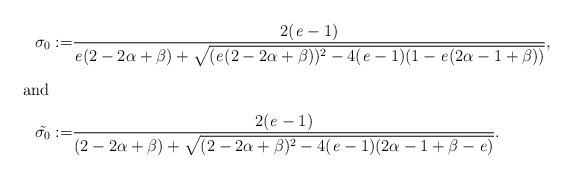
LaTeX: \begin{align*}\sigma_{0}:=&\dfrac{2(\mathit{e}-1)}{\mathit{e}(2-2\alpha+\beta)+\sqrt{(\mathit{e}(2-2\alpha+\beta))^2-4(\mathit{e}-1)(1-\mathit{e}(2\alpha-1+\beta))}},\intertext{and}\tilde{\sigma_{0}} :=&\dfrac{2(\mathit{e}-1)}{(2-2\alpha+\beta)+\sqrt{(2-2\alpha+\beta)^2-4(\mathit{e}-1)(2\alpha-1+\beta-\mathit{e})}}.\end{align*}